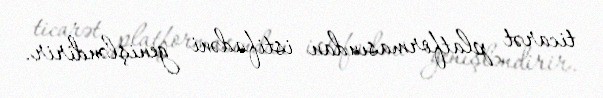
ticarət platformasından istifadəni genişləndirir.